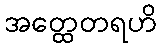
အတ္ထေတရဟိ